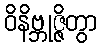
ဝိနိဗ္ဘုဇ္ဇိတွာ